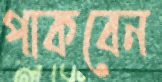
পাকবেন